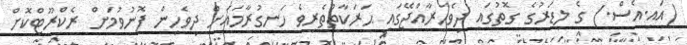
(އައި.އެސް.) ގެ ލީޑަރުގެ ގޮތުގައި ދިވެހިރާއްޖޭގައި ޙަރަކާތްތެރިވެ ހަނގުރާމައަށް ދިވެހިން ފޮނުވުމަށް ރެކްރޫޓްކޮށް